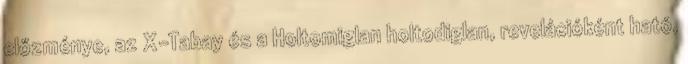
előzménye, az X-Tabay és a Holtomiglan holtodiglan, revelációként ható,